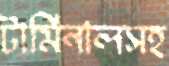
টার্মিনালসহ